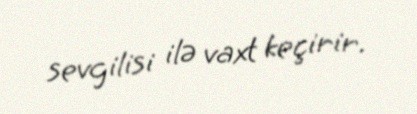
sevgilisi ilə vaxt keçirir.